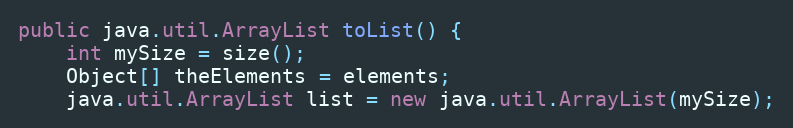
Language: Java
public java.util.ArrayList toList() {
	int mySize = size();
	Object[] theElements = elements;
	java.util.ArrayList list = new java.util.ArrayList(mySize);